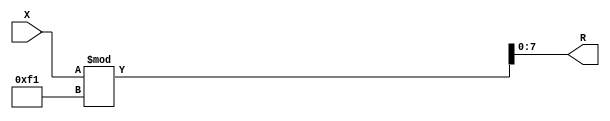
module x_100_mod_241_reg(
    input [100:1] X,
    output [8:1] R
    );


assign R = X % 241;

endmodule